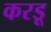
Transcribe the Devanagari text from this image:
करडू